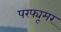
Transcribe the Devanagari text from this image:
परफ्यूमर